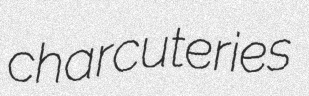
charcuteries